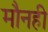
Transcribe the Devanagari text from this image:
मौनही